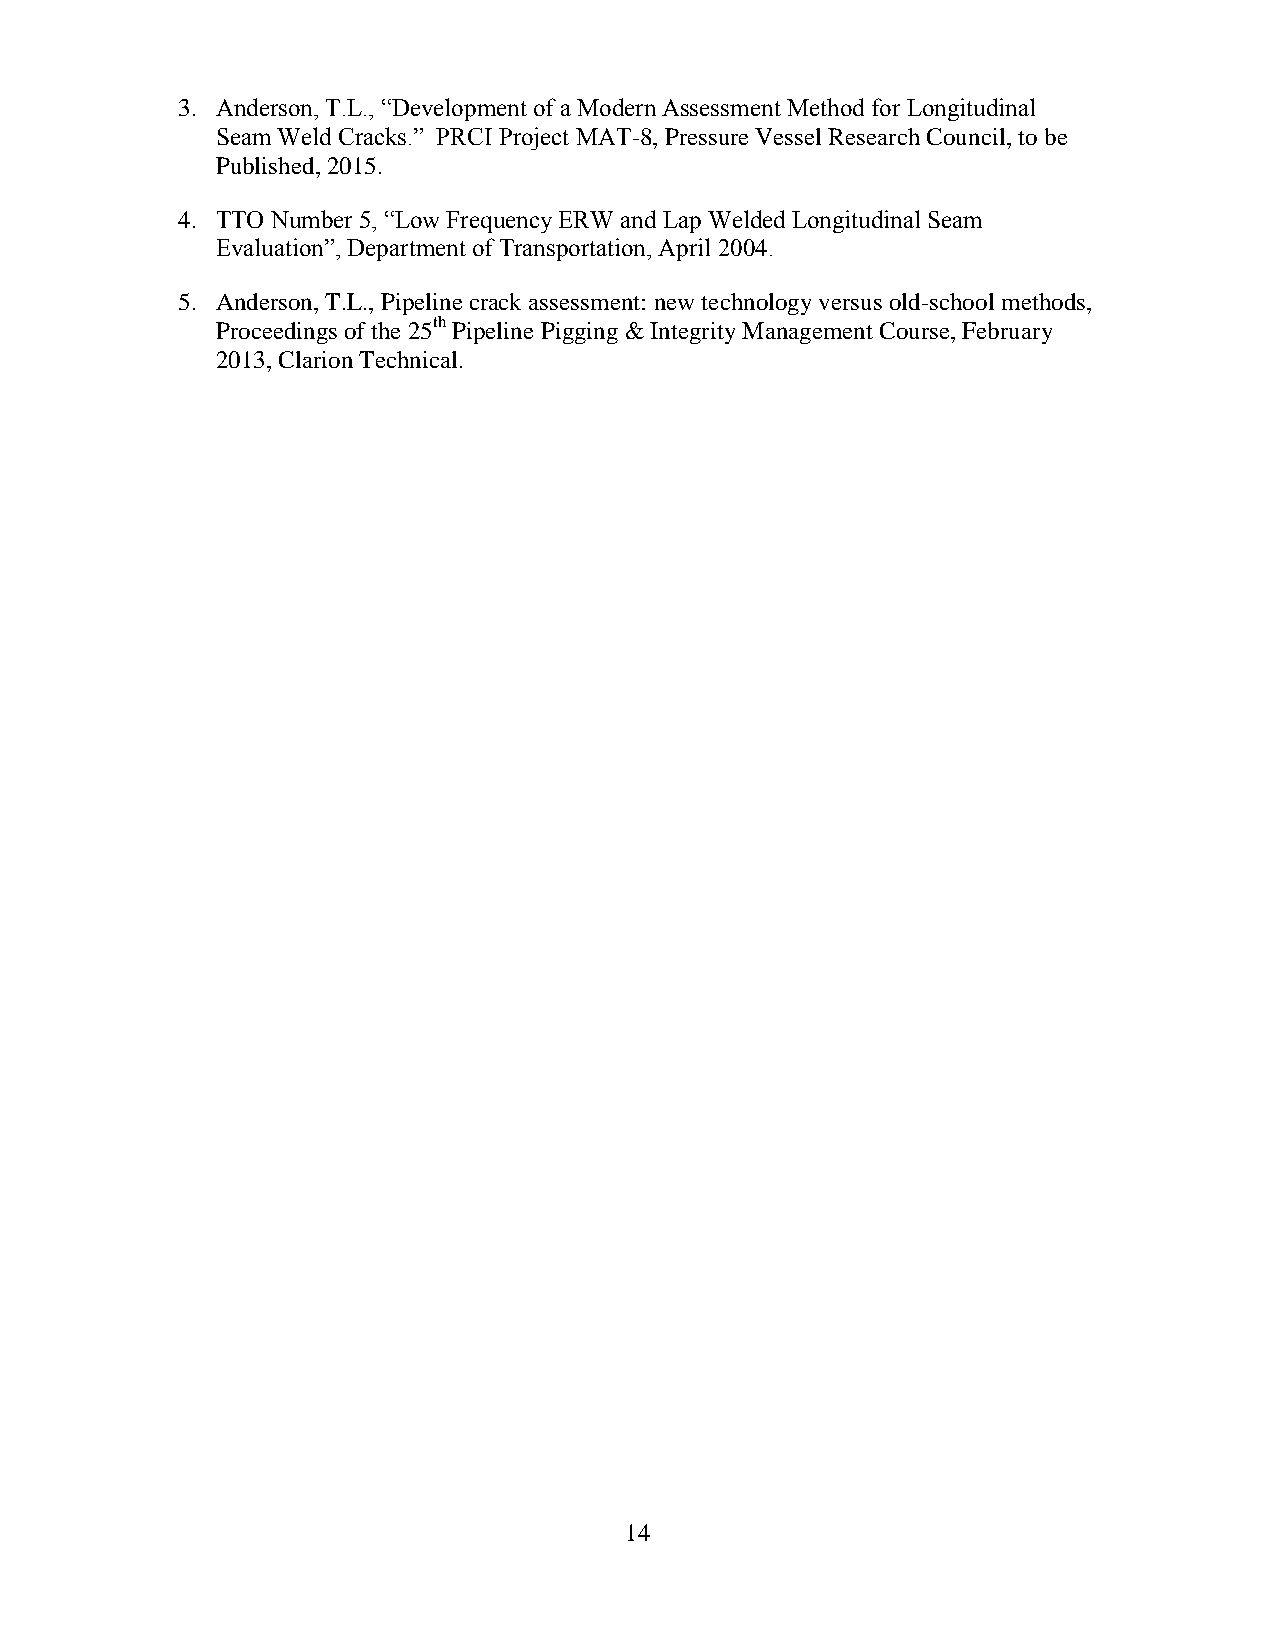
3. Anderson, T.L., “Development of a Modern Assessment Method for Longitudinal
 Seam Weld Cracks.” PRCI Project MAT-8, Pressure Vessel Research Council, to be
 Published, 2015.
 4. TTO Number 5, “Low Frequency ERW and Lap Welded Longitudinal Seam
 Evaluation”, Department of Transportation, April 2004.
 5. Anderson, T.L., Pipeline crack assessment: new technology versus old-school methods,
 Proceedings of the 25th Pipeline Pigging & Integrity Management Course, February
 2013, Clarion Technical.
 14